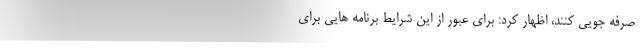
صرفه جویی کنند، اظهار کرد: برای عبور از این شرایط برنامه هایی برای